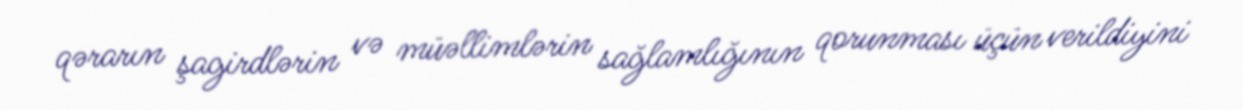
qərarın şagirdlərin və müəllimlərin sağlamlığının qorunması üçün verildiyini